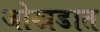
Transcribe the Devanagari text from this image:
जोखडात